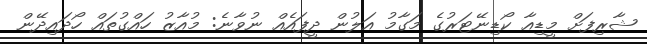
ޝާރިފަށް މީޑިއާ ކޯޑިނޭޓަރުގެ މަގާމު އަލުން ދީފައެއް ނުވާނެ: މުއާޒު ހައްގުތައް ހޯދައިދޭން